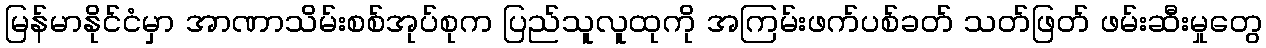
မြန်မာနိုင်ငံမှာ အာဏာသိမ်းစစ်အုပ်စုက ပြည်သူလူထုကို အကြမ်းဖက်ပစ်ခတ် သတ်ဖြတ် ဖမ်းဆီးမှုတွေ